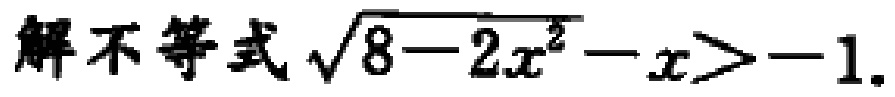
解不等式\(\sqrt{8 - 2x^{2}}-x > - 1\).